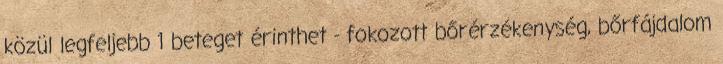
közül legfeljebb 1 beteget érinthet - fokozott bőrérzékenység, bőrfájdalom